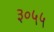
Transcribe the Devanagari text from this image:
३०५५